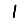
Digit: 1